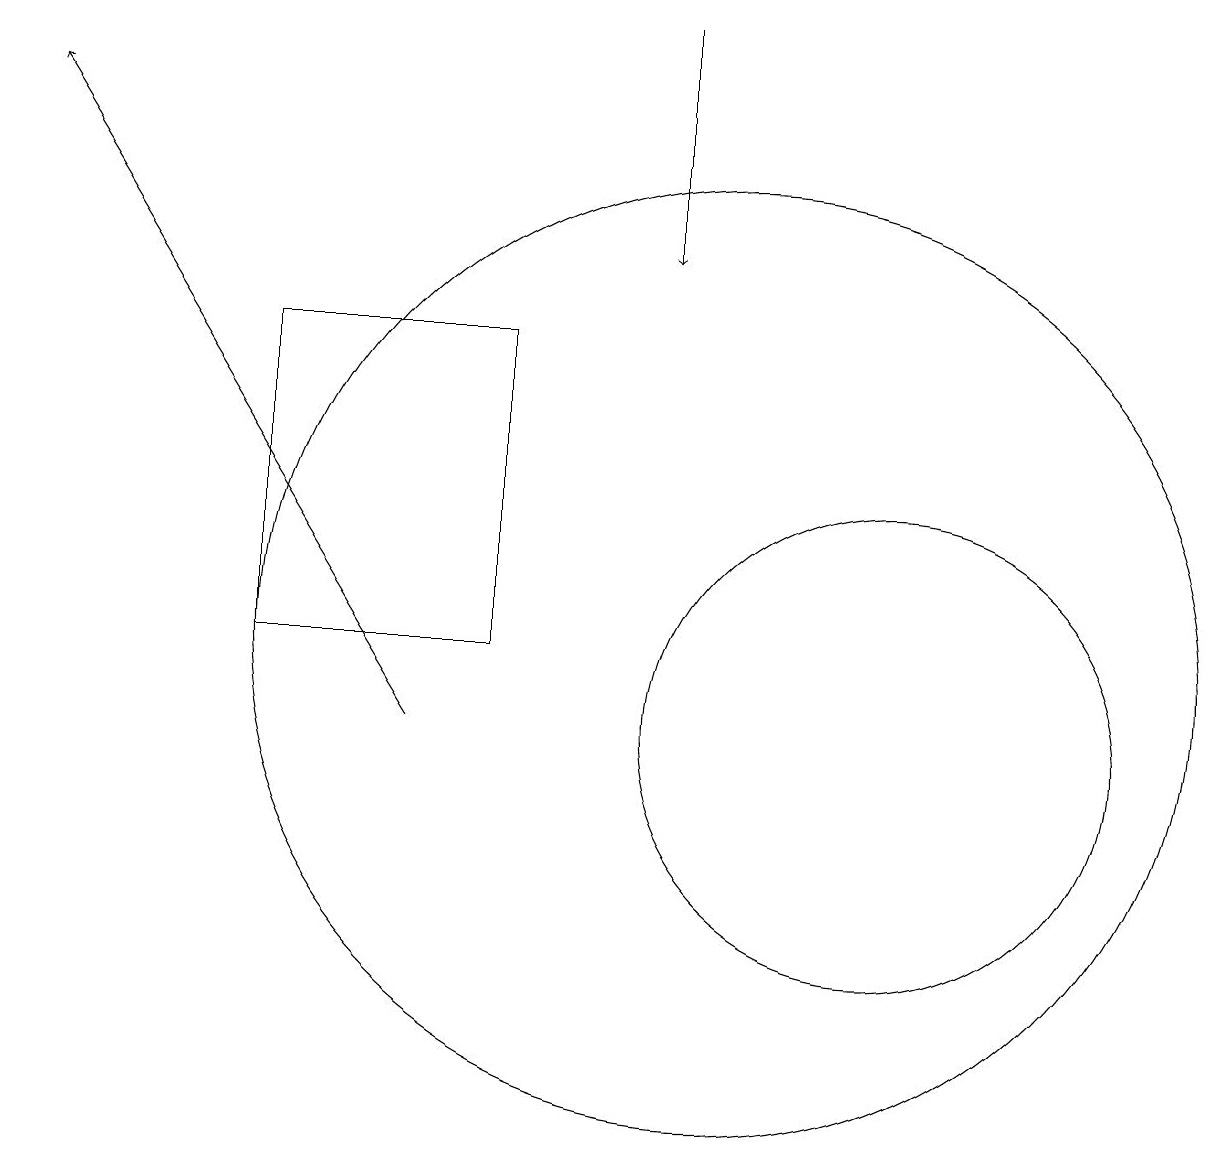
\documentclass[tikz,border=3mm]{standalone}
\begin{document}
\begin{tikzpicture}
\draw (10,11) circle (6);
\draw (12,10) circle (3);
\draw (4,15) rectangle (7,11);
\draw[->] (9,19) -- (9,16);
\draw[->] (6,10) -- (1,18);
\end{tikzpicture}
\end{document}